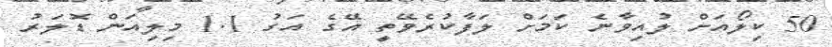
50 ކިލޯއަށް ލުއިވާނެ ކަމަށް ލަފާކުރެވޭތީ އޭގެ އަގު 1.1 މިލިއަން ޑޮލަރު